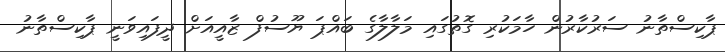
ޕާކިސްތާނު ސަރުކާރުން ހާމަކުރި ގޮތުގައި މަލާލާގެ ބައްޕަ ޔޫސުފް ޒާއީއަށް ދީފައިވަނީ ޕާކިސްތާނު